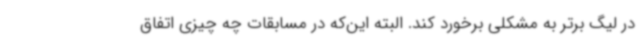
در لیگ برتر به مشکلی برخورد کند. البته این‌که در مسابقات چه چیزی اتفاق